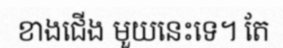
ខាងជើង មួយនេះទេ។ តែ